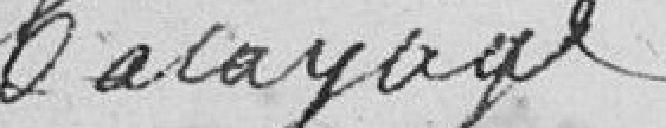
balayage